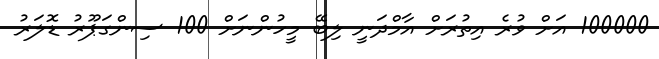
100000 އަށް ވުރެ އިތުރަށް އާމްދަނީ ލިބޭ މީހުންނަށް 100 ސިންގަޕޫރު ޑޮލަރު